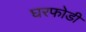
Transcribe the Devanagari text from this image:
घरफोडी